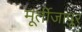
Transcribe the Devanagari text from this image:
मूर्तीजापूर